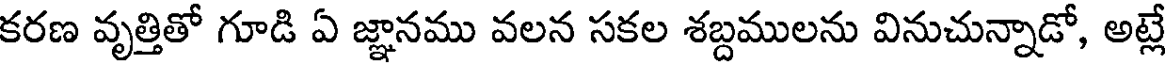
కరణ వృత్తితో గూడి ఏ జ్ఞానము వలన సకల శబ్దములను వినుచున్నాడో, అట్లే